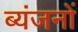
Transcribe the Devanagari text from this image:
ब्यंजनों